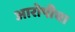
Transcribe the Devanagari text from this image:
आरोपीचा